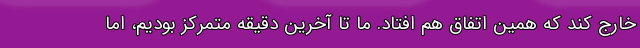
خارج کند که همین اتفاق هم افتاد. ما تا آخرین دقیقه متمرکز بودیم، اما